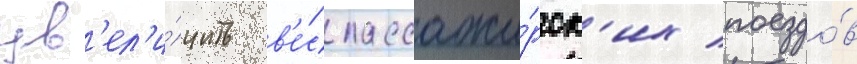
ув'ел'и́чить в'е́с пассажи́рск'их поездо́в